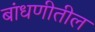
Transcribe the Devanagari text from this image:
बांधणीतील